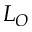
L _ { O }